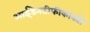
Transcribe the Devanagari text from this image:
आईडेनटीफीकाक्यो